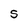
Character: S